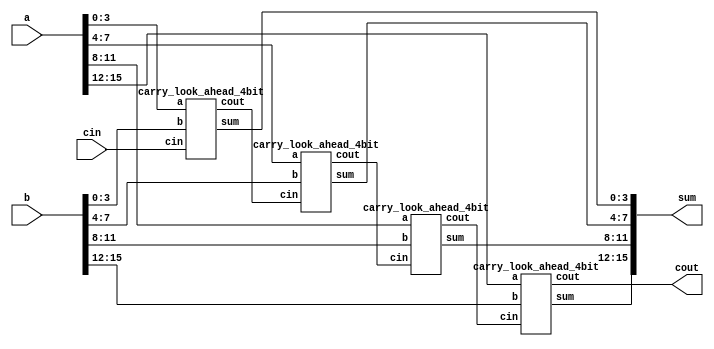
module carry_look_ahead_16bit(a,b, cin, sum,cout);
input [15:0] a,b;
input cin;
output [15:0] sum;
output cout;
wire c1,c2,c3;

carry_look_ahead_4bit cla1 (.a(a[3:0]), .b(b[3:0]), .cin(cin), .sum(sum[3:0]), .cout(c1));
carry_look_ahead_4bit cla2 (.a(a[7:4]), .b(b[7:4]), .cin(c1), .sum(sum[7:4]), .cout(c2));
carry_look_ahead_4bit cla3(.a(a[11:8]), .b(b[11:8]), .cin(c2), .sum(sum[11:8]), .cout(c3));
carry_look_ahead_4bit cla4(.a(a[15:12]), .b(b[15:12]), .cin(c3), .sum(sum[15:12]), .cout(cout));

endmodule

////////////////////////////////////////////////////////
//4-bit Carry Look Ahead Adder 
////////////////////////////////////////////////////////

module carry_look_ahead_4bit(a,b, cin, sum,cout);
input [3:0] a,b;
input cin;
output [3:0] sum;
output cout;

wire [3:0] p,g,c;

assign p=a^b;//propagate
assign g=a&b; //generate

//carry=gi + Pi.ci

assign c[0]=cin;
assign c[1]= g[0]|(p[0]&c[0]);
assign c[2]= g[1] | (p[1]&g[0]) | p[1]&p[0]&c[0];
assign c[3]= g[2] | (p[2]&g[1]) | p[2]&p[1]&g[0] | p[2]&p[1]&p[0]&c[0];
assign cout= g[3] | (p[3]&g[2]) | p[3]&p[2]&g[1] | p[3]&p[2]&p[1]&g[0] | p[3]&p[2]&p[1]&p[0]&c[0];
assign sum=p^c;

endmodule